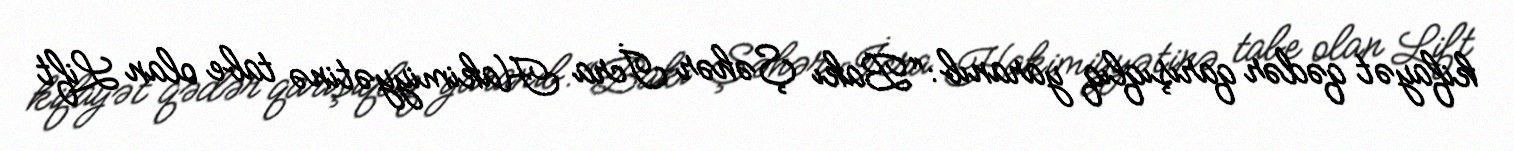
kifayət qədər qarışıqlıq yaranıb: “Bakı Şəhər İcra Hakimiyyətinə tabe olan Lift